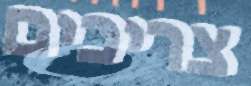
צריכים